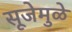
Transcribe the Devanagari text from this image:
सूजेमुळे